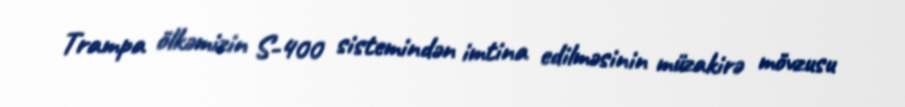
Trampa ölkəmizin S-400 sistemindən imtina edilməsinin müzakirə mövzusu